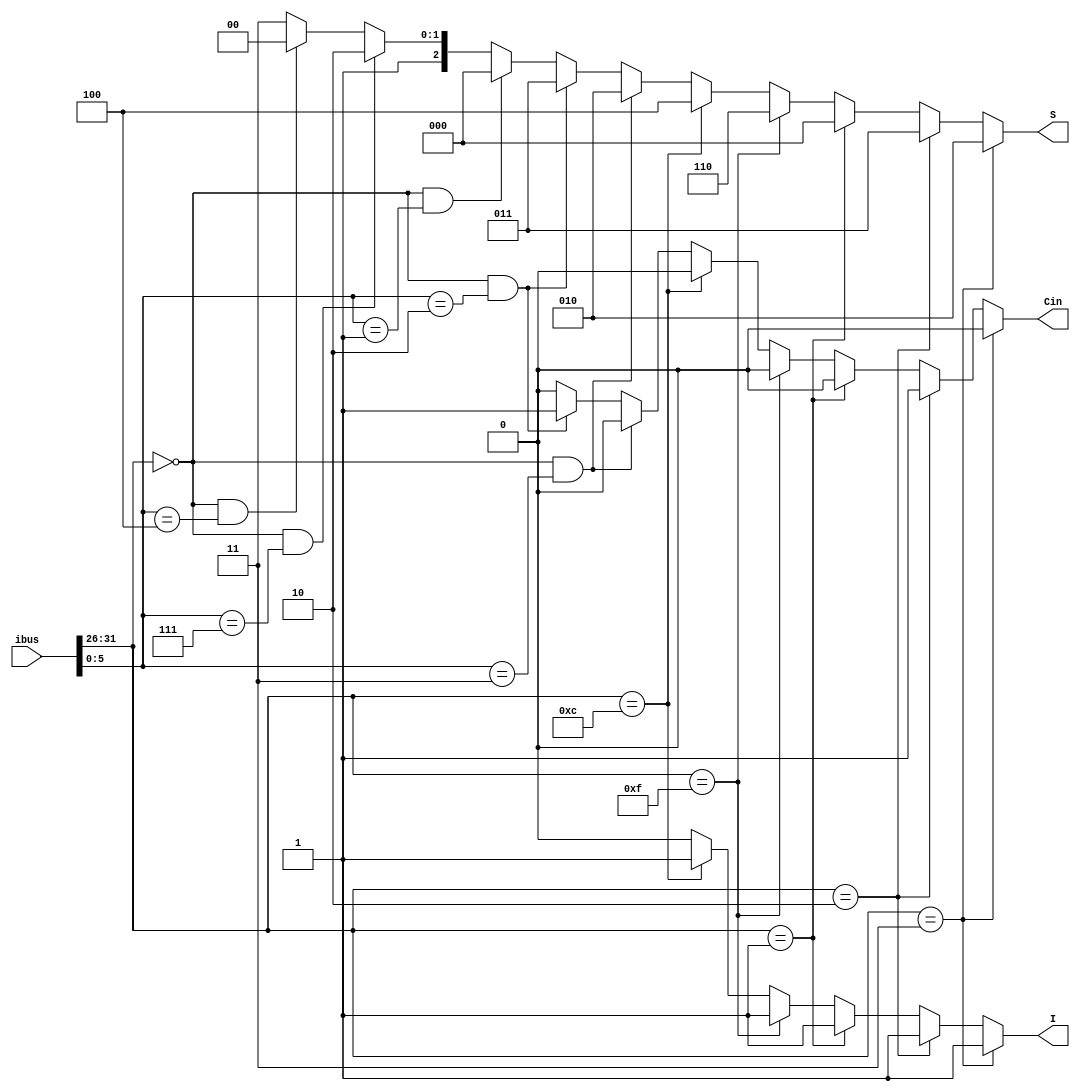
module Opcode(ibus,I,S,Cin);
input [31:0]ibus;
output reg I, Cin;
output reg [2:0]S;

always@(*)
begin

if (ibus[31:26] == 6'b000011) begin I = 1'b1; S = 3'b010; Cin = 1'b0; end
else if (ibus[31:26] == 6'b000010) begin I = 1'b1; S = 3'b011; Cin = 1'b1; end
else if (ibus[31:26] == 6'b000001) begin I = 1'b1; S = 3'b000; Cin = 1'b0; end
else if (ibus[31:26] == 6'b001111) begin I = 1'b1; S = 3'b110; Cin = 1'b0; end
else if (ibus[31:26] == 6'b001100) begin I = 1'b1; S = 3'b100; Cin = 1'b0; end

else if (ibus[31:26] == 6'b000000 && ibus[5:0] == 6'b000011) begin I = 1'b0; S = 3'b010; Cin = 1'b0; end
else if (ibus[31:26] == 6'b000000 && ibus[5:0] == 6'b000010) begin I = 1'b0; S = 3'b011; Cin = 1'b1; end
else if (ibus[31:26] == 6'b000000 && ibus[5:0] == 6'b000001) begin I = 1'b0; S = 3'b000; Cin = 1'b0; end
else if (ibus[31:26] == 6'b000000 && ibus[5:0] == 6'b000111) begin I = 1'b0; S = 3'b110; Cin = 1'b0; end
else if (ibus[31:26] == 6'b000000 && ibus[5:0] == 6'b000100) begin I = 1'b0; S = 3'b100; Cin = 1'b0; end
else begin I = 1'b0; S = 3'b111; Cin = 1'b0; end
end
endmodule